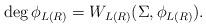
LaTeX: \begin{align*}\deg \phi _{L(R)}=W_{L(R)}(\Sigma ,\phi _{L(R)}).\end{align*}